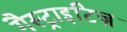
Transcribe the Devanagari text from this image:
गैस्ट्राइटिज़